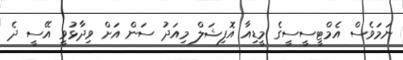
ނަމަވެސް އެމްޓީސީސީގެ މީޑިއާ އޮފިޝަލް މިއަދު ސަން އަށް ވިދާޅުވީ އޭސީ ދެ